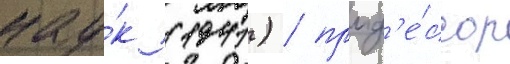
нау́к (1941) / проф'е́ссор